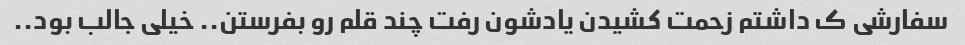
سفارشی ک داشتم زحمت کشیدن یادشون رفت چند قلم رو بفرستن.. خیلی جالب بود..